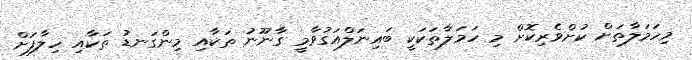
މިހަމަލާތަށް ކުށްވެރިކޮށް މި ހަމަލާތަކަކީ ބައިނަލްއަގުވާމީ ގާނޫނު ތަކާއި މިންގަނޑު ތަކާއި ހިލާފަށް